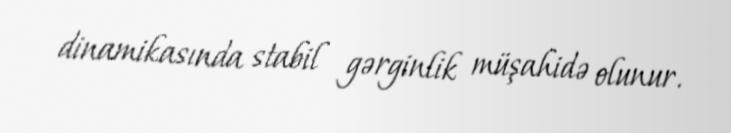
dinamikasında stabil gərginlik müşahidə olunur.